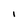
Character: I